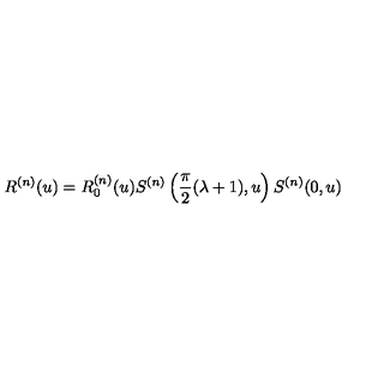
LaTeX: R ^ { ( n ) } ( u ) = R _ { 0 } ^ { ( n ) } ( u ) S ^ { ( n ) } \left( \frac { \pi } { 2 } ( \lambda + 1 ) , u \right) S ^ { ( n ) } ( 0 , u )